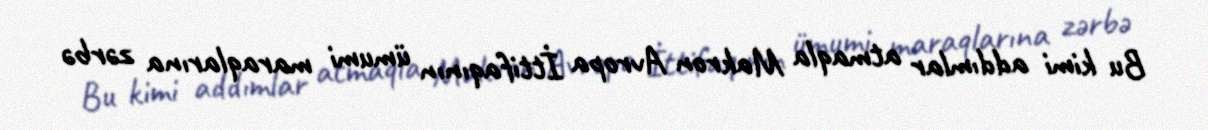
Bu kimi addımlar atmaqla Makron Avropa İttifaqının ümumi maraqlarına zərbə